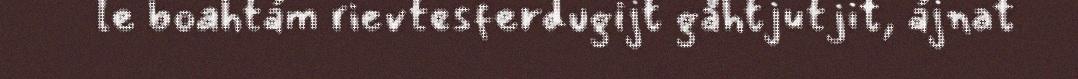
le boahtám rievtesferdugijt gåhtjutjit, ájnat